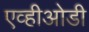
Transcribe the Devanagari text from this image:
एव्हीओडी